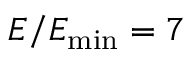
E / E _ { \mathrm { m i n } } = 7